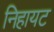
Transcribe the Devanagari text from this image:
निहायट